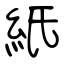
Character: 紙